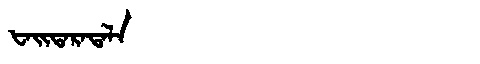
Manchu: ᡶᠠᡳᡨᠠᡵᠠᡨᠠᠯᠠ
Romanization: FAITARATALA